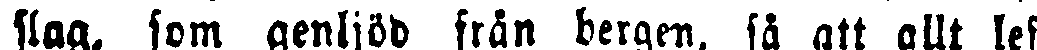
slag, som genljöd från bergen, så att allt lef-